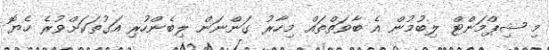
މި ޝިޕްމަންޓް ލިބުމުން އެ ބާވަތްތައް މިހާރު ގަންނަން ލިބެންހުރި އަގުތަކަށްވުރެ ހެޔޮ